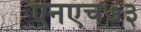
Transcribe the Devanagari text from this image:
एनएच७३